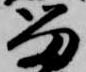
留